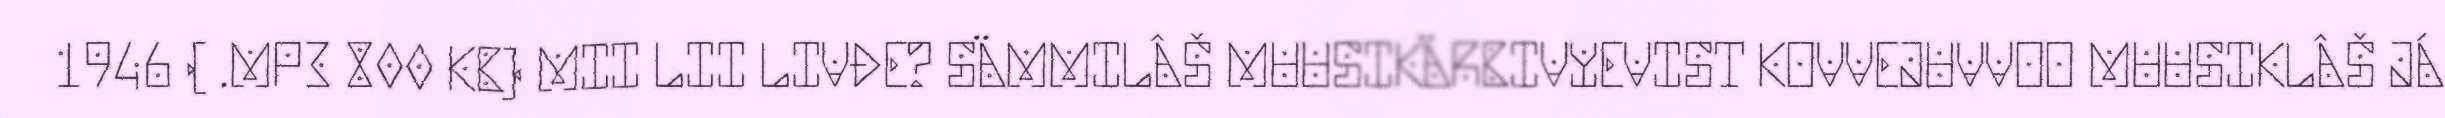
1946 ( .MP3 800 KB) MII LII LIVĐE? SÄMMILÂŠ MUUSIKÄRBIVYEVIST KOVVEJUVVOO MUUSIKLÂŠ JÁ